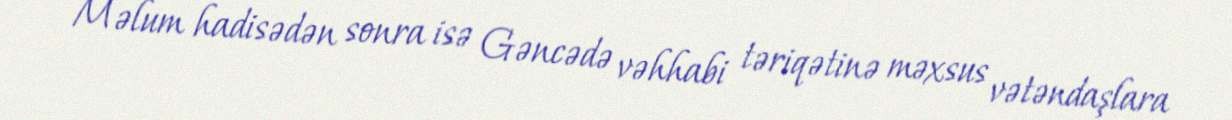
Məlum hadisədən sonra isə Gəncədə vəhhabi təriqətinə məxsus vətəndaşlara